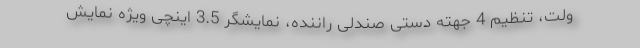
ولت، تنظیم 4 جهته دستی صندلی راننده، نمایشگر 3.5 اینچی ویژه نمایش